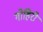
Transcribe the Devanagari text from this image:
गोहिरी